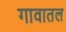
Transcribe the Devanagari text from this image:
गावातल